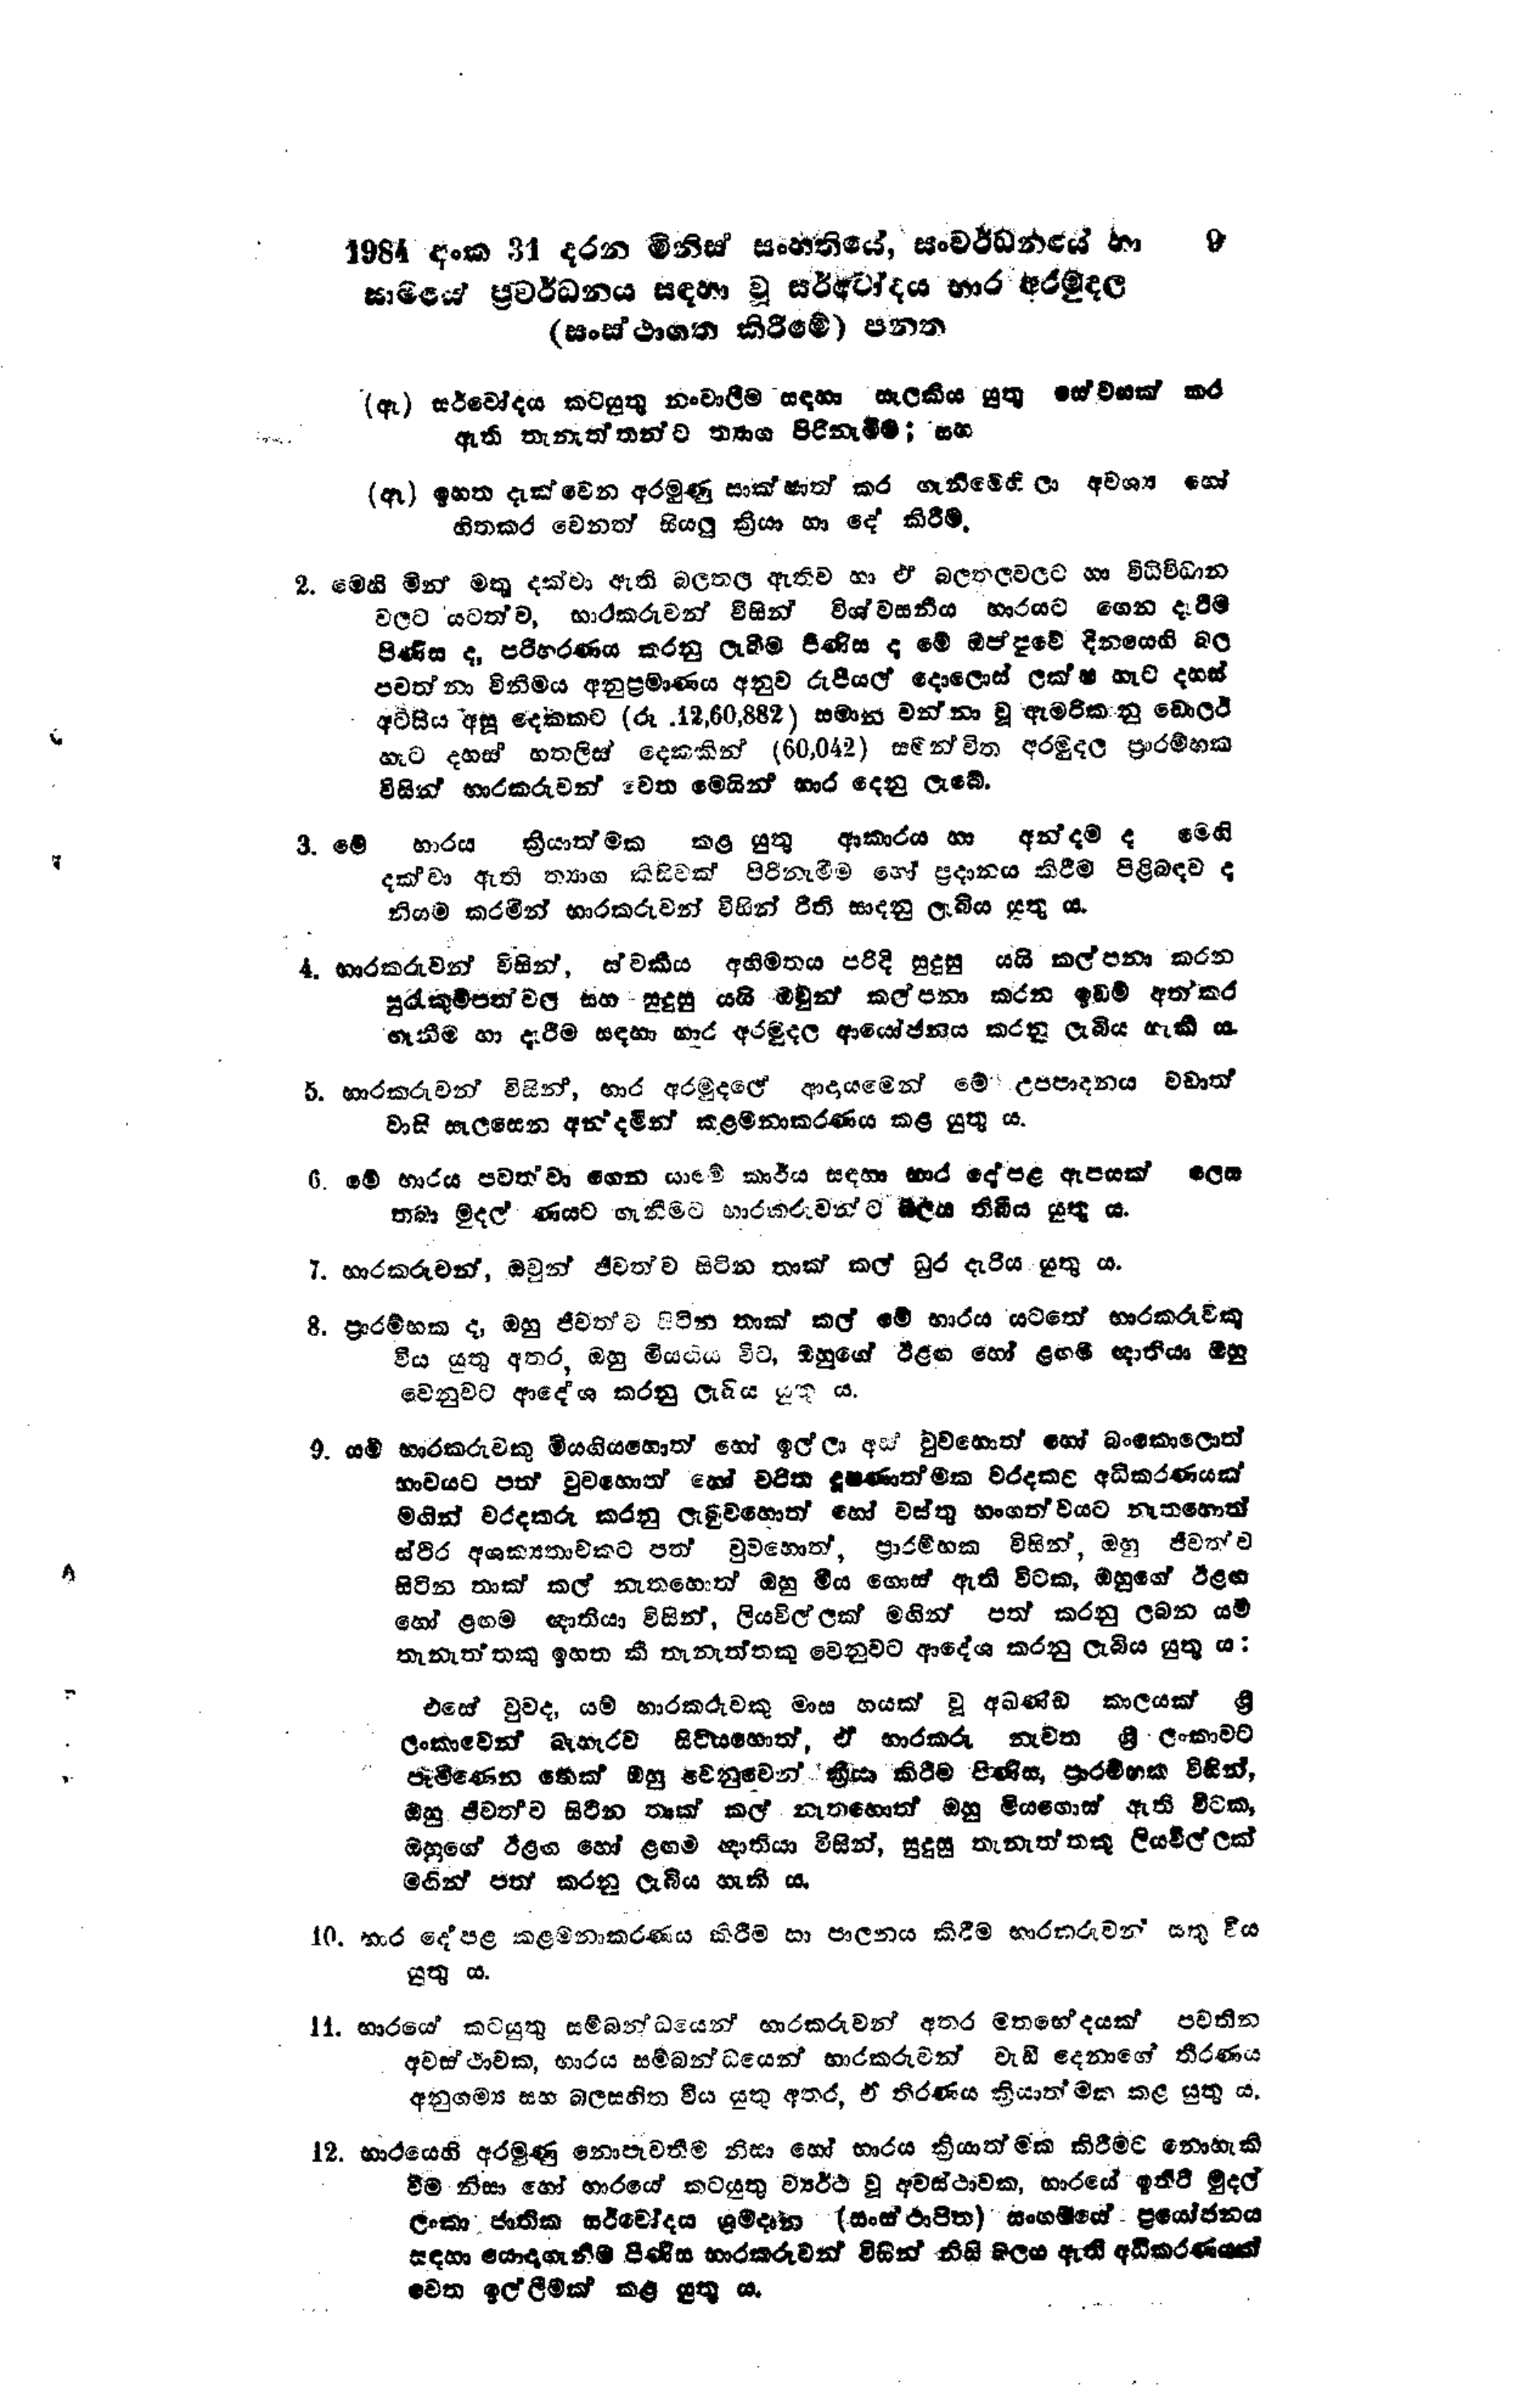
1984 අංක 31 දරන මිනිස් සංහතියේ, සංවර්ධනයේ හා   9
සාමයේ ප්‍රවර්ධනය සඳහා වූ සර්වෝදය භාර අරමුදල
(සංස්ථාගත කිරීමේ) පනත

(ඇ) සර්වෝදය කටයුතු නංවාලීම සඳහා සැලකිය යුතු සේවයක් කර
ඇති තැනැත්තන්ට ත්‍යාග පිරිනැමීම; සහ

(ඈ) ඉහත දැක්වෙන අරමුණු සාක්ෂාත් කර ගැනීමෙහිලා අවශ්‍ය හෝ
හිතකර වෙනත් සියලු ක්‍රියා හා දේ කිරීම්.

2. මෙහි මින් මතු දක්වා ඇති බලතල ඇතිව හා ඒ බලතලවලට හා විධිවිධාන
වලට යටත්ව, භාරකරුවන් විසින් විශ්වසනීය භාරයට ගෙන දැරිම
පිණිස ද, පරිහරණය කරනු ලැබීම පිණිස ද මේ ඔප්පුවේ දිනයෙහි බල
පවත්නා විනිමය අනුප්‍රමාණය අනුව රුපියල් දොළොස් ලක්ෂ හැට දහස්
අටසිය අසූ දෙකකට (රූ .12,60,882) සමාන වන්නා වූ ඇමරිකානු ඩොලර්
හැට දහස් හතලිස් දෙකකින් (60,042) සමන්විත අරමුදල ප්‍රාරම්භ
විසින් භාරකරුවන් වෙත මෙයින් භාර දෙනු ලැබේ.

3.මේ භාරය ක්‍රියාත්මක කළ යුතු ආකාරය හා අන්දම ද මෙහි
දක්වා ඇති ත්‍යාග කිසිවක් පිරිනැමීම හෝ ප්‍රදානය කිරීම පිළිබඳව ද
නියම කරමින් භාරකරුවන් විසින් රීති සාදනු ලැබිය යුතු ය.

4. භාරකරුවන් විසින්, ස්වකීය අභිමතය පරිදි සුදුසු යයි කල්පනා කරන
සුරැකුම්පත්වල සහ - සුදුසු යයි ඔවුන් කල්පනා කරන ඉඩම් අත්කර
ගැනීම හා දැරීම සඳහා භාර අරමුදල ආයෝජනය කරනු ලැබිය හැකි ය.

5. භාරකරුවන් විසින්, භාර අරමුදලේ ආදායමෙන් මේ උපපාදනය වඩාත්
වාසි සැලසෙන අන්දමින් කළමනාකරණය කළ යුතු ය.

6. මේ භාරය පවත්වා ගෙන යාමේ කාර්ය සඳහා භාර දේපළ ඇපයක් ලෙස
තබා මුදල් ණයට ගැනීමට භාරකරුවන්ට බලය තිබිය යුතු ය.

7. භාරකරුවන්, ඔවුන් ජීවත්ව සිටින තාක් කල් ධුර දැරිය යුතු ය.

8. ප්‍රාරම්භක ද, ඔහු ජීවත්ව සිටින තාක් කල් මේ භාරය යටතේ භාරකරුවකු
විය යුතු අතර, ඔහු මියගිය විට, ඔහුගේ ඊළඟ හෝ ළගම ඥාතියා ඔහු
වෙනුවට ආදේශ කරනු ලැබිය යුතු ය.

9. යම් භාරකරුවකු මියගිය හොත් හෝ ඉල්ලා අස් වුවහොත් හෝ බංකොලොත්
භාවයට පත් වුවහොත් හෝ චරිත දූෂණාත්මක වරදකට අධිකරණයක්
මඟින් වරදකරු කරනු ලැබුවහොත් හෝ වස්තු භංගත්වයට නැතහොත්
ස්ථිර අශක්‍යතාවකට පත් වුවහොත්, ප්‍රාරම්භක විසින්, ඔහු ජීවත්ව
සිටින තාක් කල් නැතහොත් ඔහු මිය ගොස් ඇති විටක, ඔහුගේ ඊළඟ
හෝ ළඟම ඥාතියා විසින්, ලියවිල්ලක් මගින් පත් කරනු ලබන යම්
තැනැත්තකු ඉහත කී තැනැත්තකු වෙනුවට ආදේශ කරනු ලැබිය යුතු ය:

එසේ වුව ද, යම් භාරකරුවකු මාස හයක් වූ අඛණ්ඩ කාලයක් ශ්‍රී
ලංකාවෙන් බැහැරව සිටියහොත්, ඒ භාරකරු නැවත ශ්‍රී ලංකාවට
පැමිණෙන තෙක් ඔහු වෙනුවෙන් ක්‍රියා කිරීම පිණිස, ප්‍රාරම්භක විසින්,
ඔහු ජීවත්ව සිටින තාක් කල් නැතහොත් ඔහු මියගොස් ඇති විටක,
ඔහුගේ ඊළඟ හෝ ළඟම ඥාතියා විසින්, සුදුසු තැනැත්තකු ලියවිල්ලක්
මගින් පත් කරනු ලැබිය හැකි ය.

10. භාර දේපළ කළමනාකරණය කිරීම හා පාලනය කිරීම භාරකරුවන් සතු විය
යුතු ය.

11. භාරයේ කටයුතු සම්බන්ධයෙන් භාරකරුවන් අතර මතභේදයක් පවතින
අවස්ථාවක, භාරය සම්බන්ධයෙන් භාරකරුවන් වැඩි දෙනාගේ තීරණය
අනුගම්‍ය සහ බලසහිත විය යුතු අතර, ඒ තිරණය ක්‍රියාත්මක කළ යුතු ය.

12. භාරයෙහි අරමුණු නොපැවතීම නිසා හෝ භාරය ක්‍රියාත්මක කිරීමට නොහැකි
වීම නිසා හෝ භාරයේ කටයුතු ව්‍යර්ථ වූ අවස්ථාවක, භාරයේ ඉතිරි මුදල්
ලංකා ජාතික සර්වෝදය ශ්‍රමදාන (සංස්ථාපිත) සංගමයේ ප්‍රයෝජනය
සඳහා යොදාගැනීම පිණිස භාරකරුවන් විසින් නිසි බලය ඇති අධිකරණයක්
වෙත ඉල්ලීමක් කළ යුතු ය.